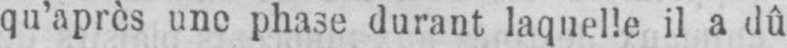
phase durant laquelle il a dû